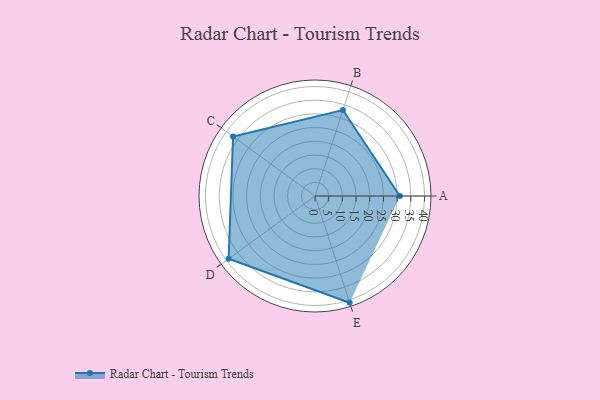
{"axis": {"x": "Skill", "y": "Score"}, "legend": ["Profile"], "data": [{"x": "A", "y": 31.0, "type": "Profile"}, {"x": "B", "y": 33.0, "type": "Profile"}, {"x": "C", "y": 37.0, "type": "Profile"}, {"x": "D", "y": 39.0, "type": "Profile"}, {"x": "E", "y": 41.0, "type": "Profile"}]}